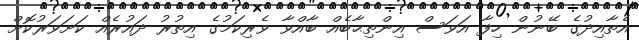
އެތާއިދުގެ ބޭނުން ހިފާ އަވަސް އިންތިޙާބެއް ބާއްވާ ވެރިކަމުގެ އިތުރު ދައުރެއް ކަށަވަރުކޮށް